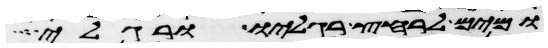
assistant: ומים לרחץ רגליו ורגלי